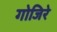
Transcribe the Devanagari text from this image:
गोजिरे